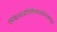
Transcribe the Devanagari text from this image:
एवंदत्वाबलिंचैवदद्यात्पिंडत्रयंबुधः